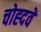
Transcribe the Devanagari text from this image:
चोह्दवें